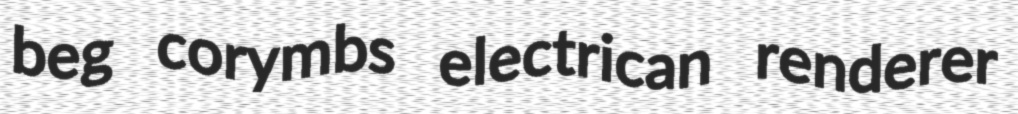
beg corymbs electrican renderer